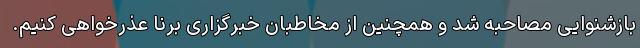
بازشنوایی مصاحبه شد و همچنین از مخاطبان خبرگزاری برنا عذرخواهی کنیم.